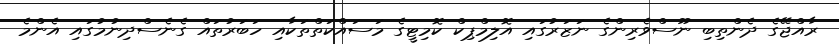
ރާއްޖޭގެ ދެންތިބި ނޫސްވެރިންގެ ނަޒަރުގައި އޮލިމްޕިކް ކޮމިޓީގެ މަސައްކަތްތަކާއި ހަބަރުތައް ގެނެސްދިނުމުގައި އެންމެ